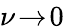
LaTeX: \nu\! \xrightarrow{}\! 0